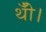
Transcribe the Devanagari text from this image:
थीँ।